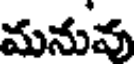
మనువు